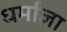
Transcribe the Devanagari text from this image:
धर्माज्ञा